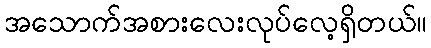
အသောက်အစားလေးလုပ်လေ့ရှိတယ်။